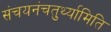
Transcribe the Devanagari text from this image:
संचयनंचतुर्थ्यामिति